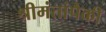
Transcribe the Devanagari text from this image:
श्रीमंतांपैकी